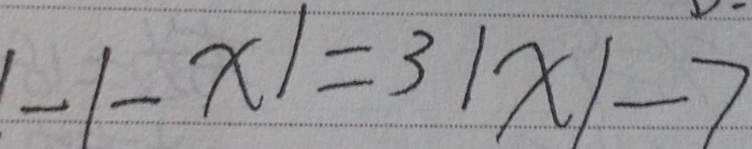
\vert - 1 - x \vert = 3 \vert x \vert - 7